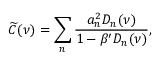
\widetilde { C } ( \nu ) = \sum _ { n } \frac { a _ { n } ^ { 2 } D _ { n } ( \nu ) } { 1 - \beta ^ { \prime } D _ { n } ( \nu ) } ,